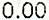
0.00